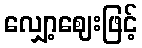
လျှော့ဈေးဖြင့်